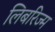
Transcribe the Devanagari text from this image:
लिबरिज्म